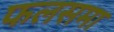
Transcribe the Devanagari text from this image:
फलसमा